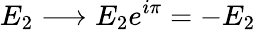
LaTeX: E_{2}\longrightarrow E_{2}e^{i\pi}=-E_{2}